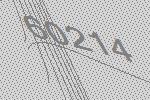
60214